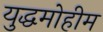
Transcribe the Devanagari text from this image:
युद्धमोहीम